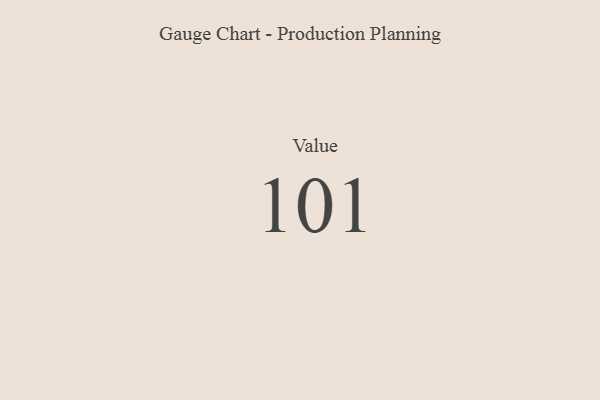
{"axis": {"x": "Metric", "y": "Value"}, "legend": [""], "data": [{"x": "Value", "y": 101, "type": ""}]}